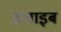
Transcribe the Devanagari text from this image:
हलाइब